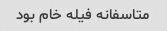
متاسفانه فیله خام بود